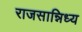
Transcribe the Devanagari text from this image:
राजसान्निध्य